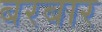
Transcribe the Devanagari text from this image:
बरबार